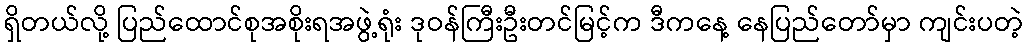
ရှိတယ်လို့ ပြည်ထောင်စုအစိုးရအဖွဲ့ရုံး ဒုဝန်ကြီးဦးတင်မြင့်က ဒီကနေ့ နေပြည်တော်မှာ ကျင်းပတဲ့